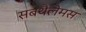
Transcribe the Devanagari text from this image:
सबथैलेमस